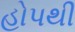
હોપથી